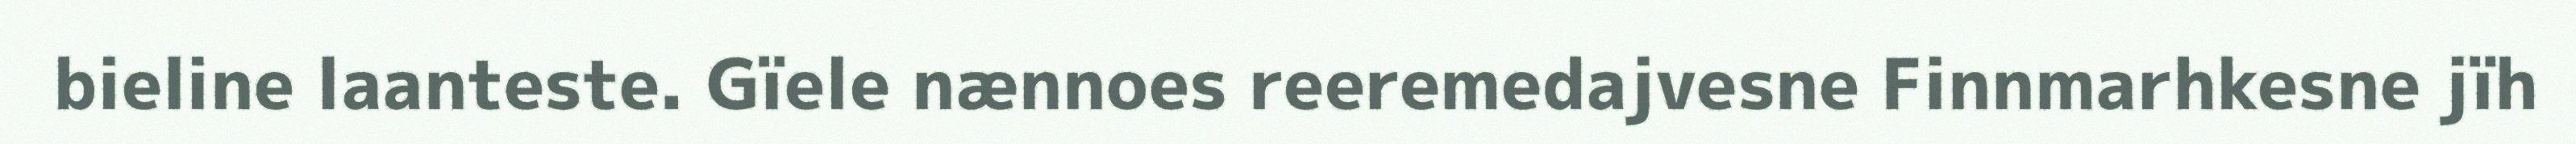
bieline laanteste. Gïele nænnoes reeremedajvesne Finnmarhkesne jïh